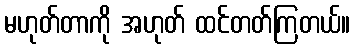
မဟုတ်တာကို အဟုတ် ထင်တတ်ကြတယ်။